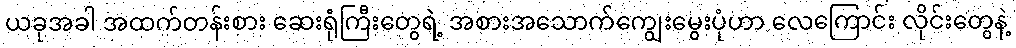
ယခုအခါ အထက်တန်းစား ဆေးရုံကြီးတွေရဲ့ အစားအသောက်ကျွေးမွေးပုံဟာ လေကြောင်း လိုင်းတွေနဲ့